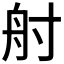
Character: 𡬫